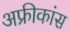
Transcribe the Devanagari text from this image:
अफ्रीकांस